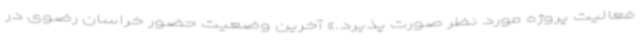
فعالیت پروژه مورد نظر صورت پذیرد.» آخرین وضعیت حضور خراسان رضوی در